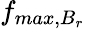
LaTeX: f_{max,B_{r}}